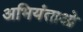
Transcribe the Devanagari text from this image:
अभियंताओ